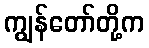
ကျွန်တော်တို့က